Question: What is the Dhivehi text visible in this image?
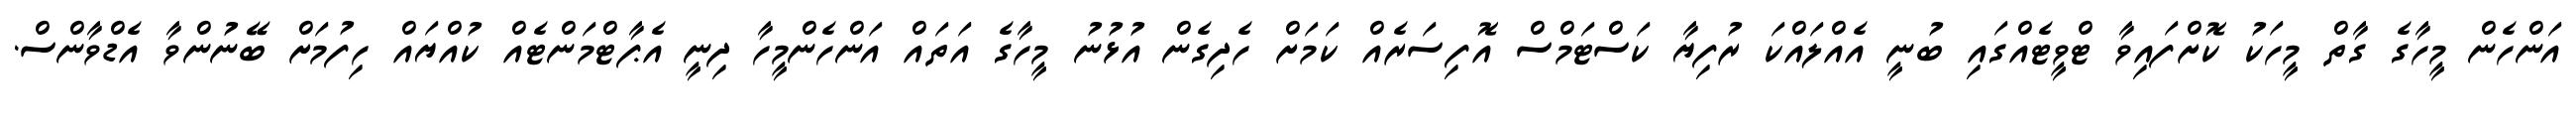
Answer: އަންހެން މީހާގެ ގާތް މީހަކު ކޮށްފައިވާ ޓްވީޓެއްގައި ބުނީ އެއްލައްކަ ރުފިޔާ ކަސްޓަމްސް އޮފިސަރެއް ކަމަށް ހެދިގެން އުޅުނު މީހާގެ އަތައް އަންހެންމީހާ ދިނީ އެޕާޓްމަންޓެއް ކުއްޔައް ހިފުމަށް ބޭނުންވާ އެޑްވާންސް.